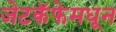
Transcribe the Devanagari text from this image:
जेटकॅफेमधून